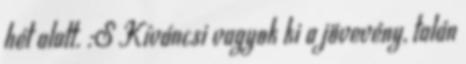
hét alatt. :S Kíváncsi vagyok ki a jövevény, talán